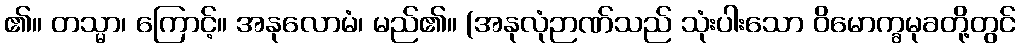
၏။ တသ္မာ၊ ကြောင့်။ အနုလောမံ၊ မည်၏။ (အနုလုံဉာဏ်သည် သုံးပါးသော ဝိမောက္ခမုခတို့တွင်